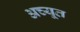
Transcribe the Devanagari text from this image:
अच्यूत